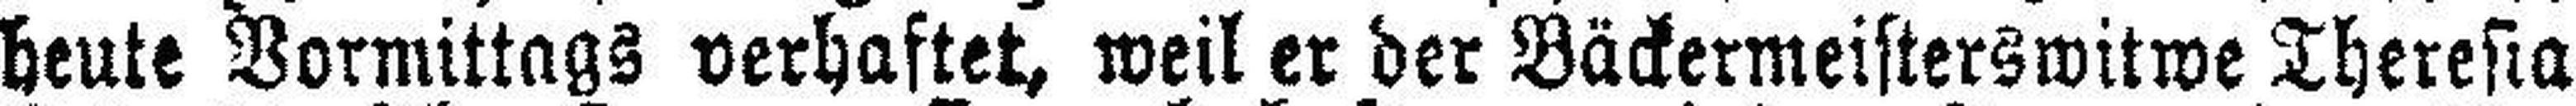
heute Vormittags verhaftet, weil er der Bäckermeisterswitwe Theresia